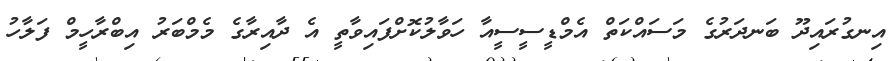
އިނގުރައިދޫ ބަނދަރުގެ މަސައްކަތް އެމްޑީސީސީއާ ހަވާލުކޮށްފައިވާތީ އެ ދާއިރާގެ މެމްބަރު އިބްރާހީމް ފަލާހު